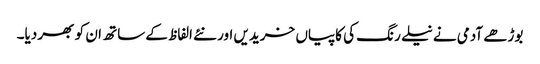
بوڑھے آدمی نے نیلے رنگ کی کاپیاں خریدیں اور نئے الفاظ کے ساتھ ان کو بھر دیا۔